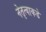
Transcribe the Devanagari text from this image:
नेतृत्वाकडे